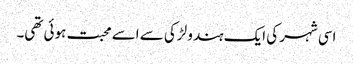
اسی شہر کی ایک ہندو لڑکی سے اسے محبت ہوئی تھی۔